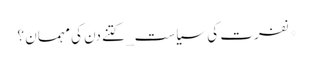
*نفرت کی سیاست_ کتنے دن کی مہمان ؟